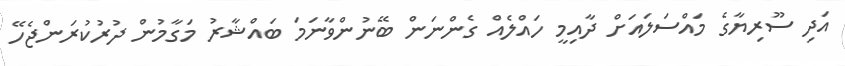
އަދި ސޫރިޔާގެ މައްސަލައަށް ދާއިމީ ހައްލެއް ގެންނަން ބޭނުންވާނަމަ ބައްޝާރު މަގާމުން ދުރުކުރަންޖެހޭ